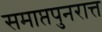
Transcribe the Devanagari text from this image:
समाप्तपुनरात्त